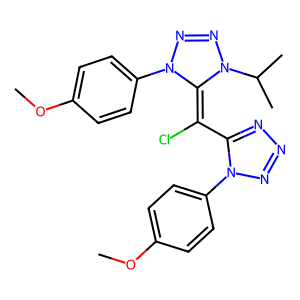
SMILES: COc1ccc(N2N=NN(C(C)C)C2=C(Cl)c2nnnn2-c2ccc(OC)cc2)cc1
Inhibits HIV replication: No